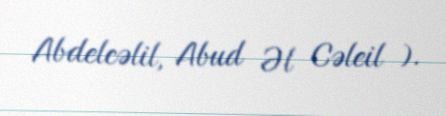
Abdelcəlil, Abud Əl Cəleil ).